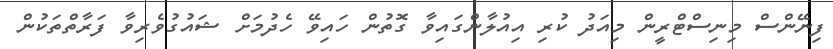
ފިނޭންސް މިނިސްޓްރީން މިއަދު ކުރި އިއުލާންގައިވާ ގޮތުން ހައިވޭ ހެދުމަށް ޝައުގުވެރިވާ ފަރާތްތަކުން